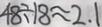
4 8 \div 1 8 \approx 2 . 1